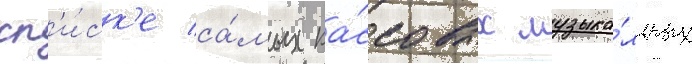
сп'и́ск'е са́мых ка́ссовых музыка́льных